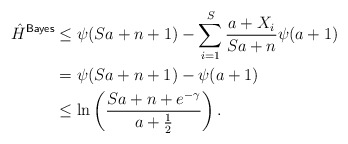
\begin{align*}\hat{H}^{\mathsf{Bayes}} & \leq \psi(Sa + n + 1) - \sum_{i = 1}^S \frac{a+X_i}{Sa + n}\psi(a+1) \\& = \psi(Sa + n+1) - \psi(a+1) \\& \leq \ln \left( \frac{Sa + n + e^{-\gamma}}{a + \frac{1}{2}} \right). \end{align*}